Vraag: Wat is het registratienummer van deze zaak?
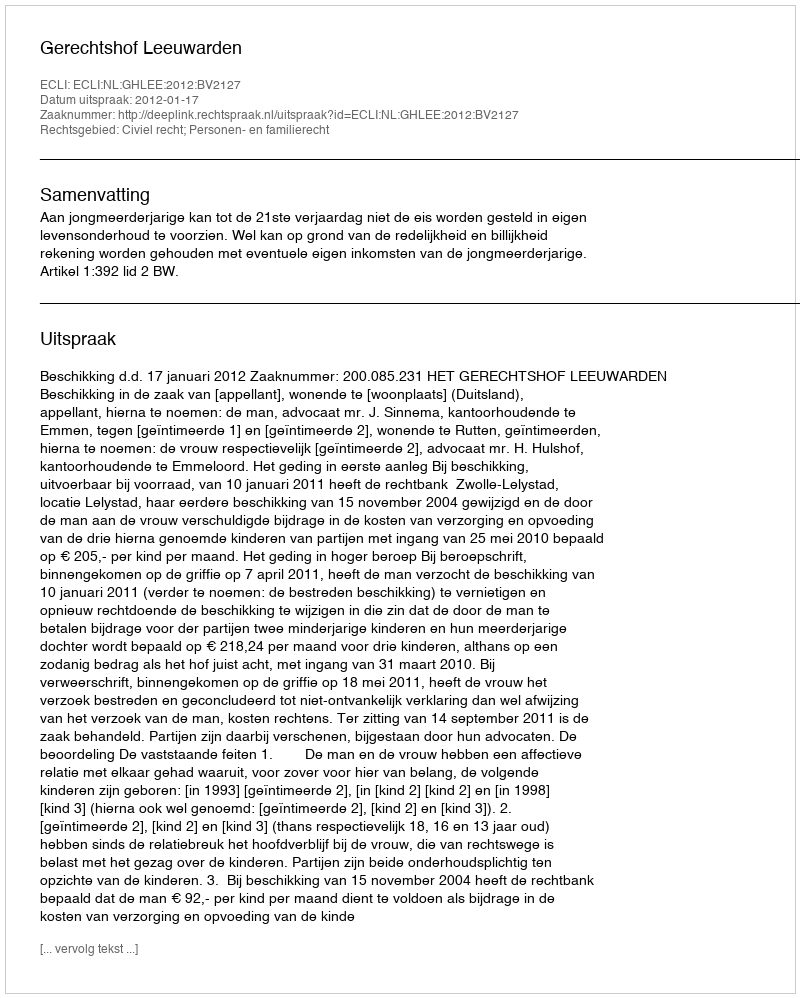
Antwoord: http://deeplink.rechtspraak.nl/uitspraak?id=ECLI:NL:GHLEE:2012:BV2127